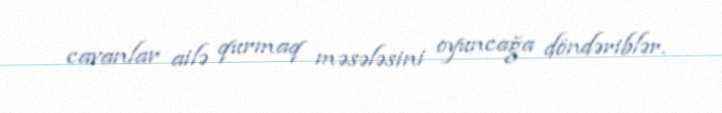
cavanlar ailə qurmaq məsələsini oyuncağa döndəriblər.